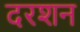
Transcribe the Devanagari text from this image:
दरशन